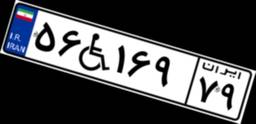
۵۶W۱۶۹۷۹